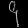
Digit: ၄